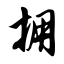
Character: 拥